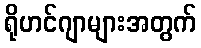
ရိုဟင်ဂျာများအတွက်